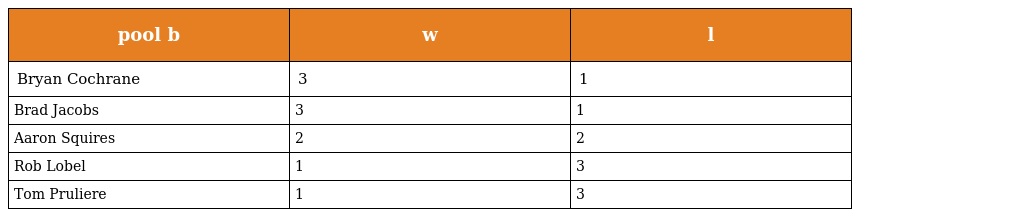
| pool b | w | l |
 | --- | --- | --- |
 | Bryan Cochrane | 3 | 1 |
 | Brad Jacobs | 3 | 1 |
 | Aaron Squires | 2 | 2 |
 | Rob Lobel | 1 | 3 |
 | Tom Pruliere | 1 | 3 |